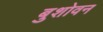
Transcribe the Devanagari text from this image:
बुशोवन